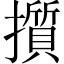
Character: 㩫